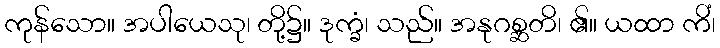
ကုန်သော။ အပါယေသု၊ တို့၌။ ဒုက္ခံ၊ သည်။ အနုဂစ္ဆတိ၊ ၏။ ယထာ ကိံ၊